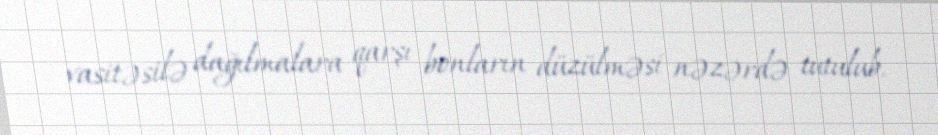
vasitəsilə dağılmalara qarşı bonların düzülməsi nəzərdə tutulub.